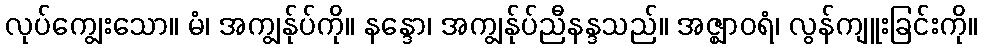
လုပ်ကျွေးသော။ မံ၊ အကျွန်ုပ်ကို။ နန္ဒော၊ အကျွန်ုပ်ညီနန္ဒသည်။ အဇ္ဈာဝရံ၊ လွန်ကျူးခြင်းကို။